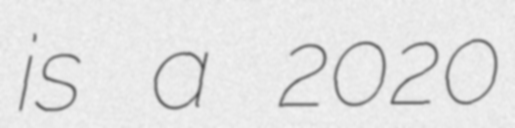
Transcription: is a 2020